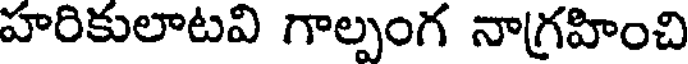
హరికులాటవి గాల్పంగ నాగ్రహించి